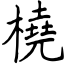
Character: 橈